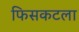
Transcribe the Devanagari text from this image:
फिसकटला